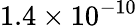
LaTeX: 1.4\times 10^{-10}